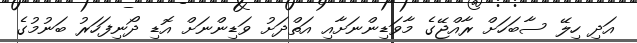
އަދި ހިލޭ ސާބަހަށް ރާއްޖޭގެ މާވަޑިންނަށާއި އަތްދަށު ވަޑިންނަށް އޮޑި ދޯނިފަހަރު ބަނުމުގެ